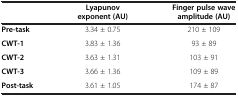
<table><thead><tr><td><b> </b></td><td><b>Lyapunov exponent (AU)</b></td><td><b>Finger pulse wave amplitude (AU)</b></td></tr></thead><tbody><tr><td><b>Pre-task</b></td><td>3.34 ± 0.75</td><td>210 ± 109</td></tr><tr><td><b>CWT-1</b></td><td>3.83 ± 1.36</td><td>93 ± 89</td></tr><tr><td><b>CWT-2</b></td><td>3.63 ± 1.31</td><td>103 ± 91</td></tr><tr><td><b>CWT-3</b></td><td>3.66 ± 1.36</td><td>109 ± 89</td></tr><tr><td><b>Post-task</b></td><td>3.61 ± 1.05</td><td>174 ± 87</td></tr></tbody></table>